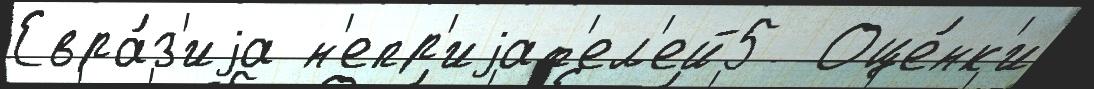
Евра́з'иjа н'епр'иjат'ел'ей5  Оце́нк'и